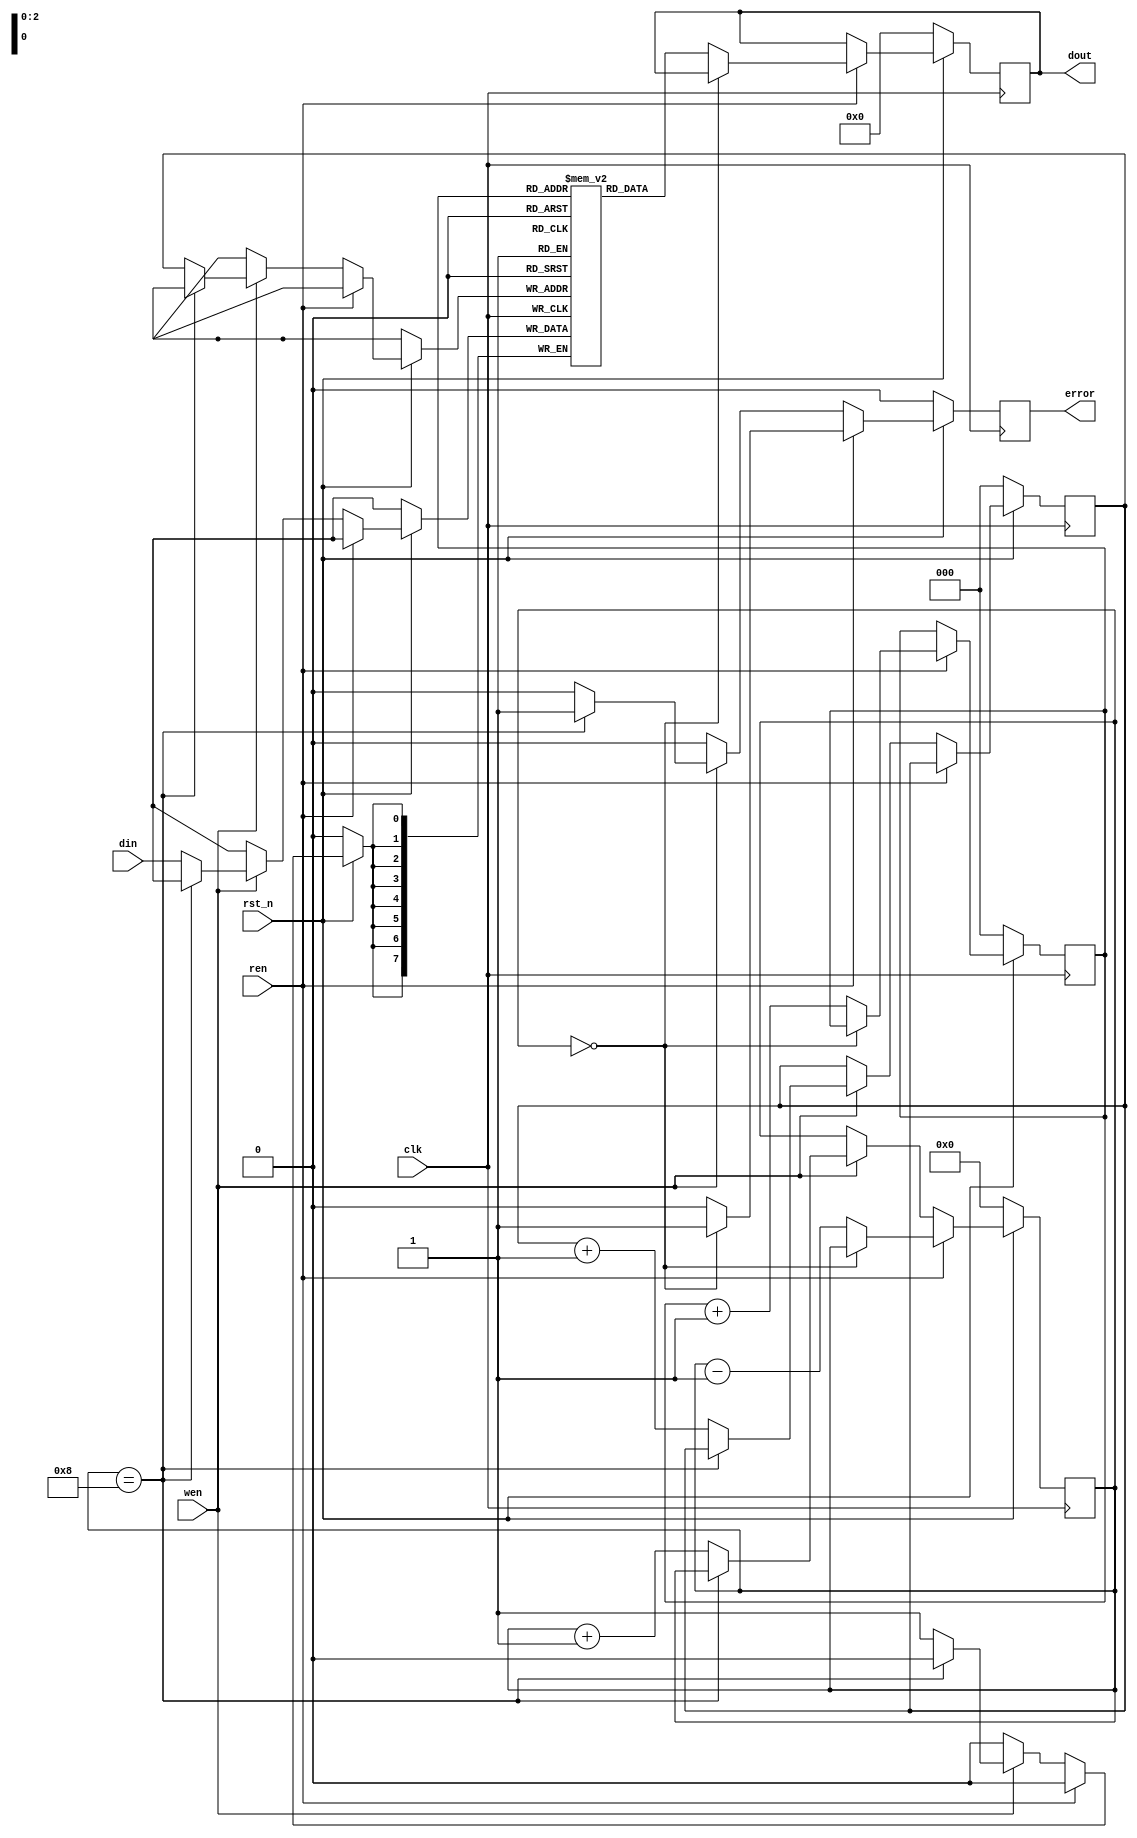
`timescale 1ns/1ps

module FIFO_8(clk, rst_n, wen, ren, din, dout, error);
input clk;
input rst_n;
input wen, ren;
input [8-1:0] din;
output reg [8-1:0] dout;
output reg error;
reg [2:0] head = 3'b0, rear = 3'b0;
reg [3:0] ct = 4'b0; 
reg [8-1:0] queue [8-1:0];

always@(posedge clk)begin
    if(rst_n == 1'b0)begin
        dout <= 8'b0;
        error <= 1'b0;
        head <= 3'b0;
        rear <= 3'b0;
        ct <= 4'b0;
    end
    else begin
        if(ren == 1'b1)begin
            if(ct == 4'b0) error <= 1'b1;
            else begin
                dout <= queue[head];
                head <= head + 1'b1;
                ct <= ct - 1'b1;
                error <= 1'b0;
            end
        end
        else if(wen == 1'b1)begin
            if(ct == 4'b1000) error <= 1'b1;
            else begin
                queue[rear] <= din;
                rear <= rear + 1'b1;
                ct <= ct + 1'b1;
                error <= 1'b0;
            end
        end
        else begin
            error <= 1'b0;
        end
    end
end

endmodule